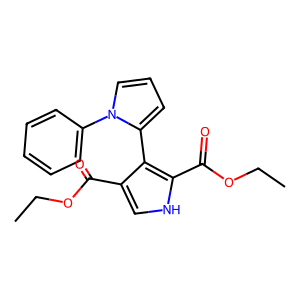
SMILES: CCOC(=O)c1c[nH]c(C(=O)OCC)c1-c1cccn1-c1ccccc1
Inhibits HIV replication: No